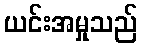
ယင်းအမှုသည်